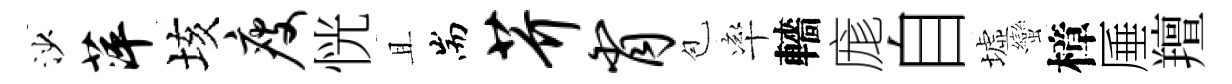
沙萍垓瘦恍且耑芥肖苞率轖庬自墟蠻樟厜羶